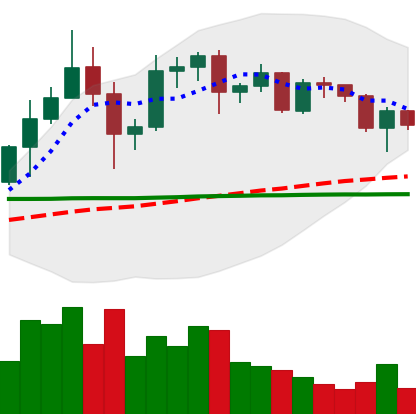
Ticker: ADA-USD
Chart end date: 2020-12-10
Forward return: 8.67%
Label: up_7plus